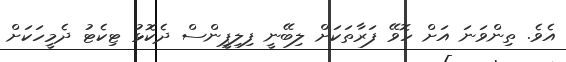
އެވެ. ތިންވަނަ އަށް ހޮވޭ ފަރާތަކަށް ލިބޭނީ ފިލިޕީންސް ދެކޮޅު ޓިކެޓު ދެމީހަކަށް